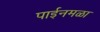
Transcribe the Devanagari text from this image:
पाईनमळा